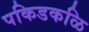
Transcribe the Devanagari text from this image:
पकिडकळि